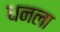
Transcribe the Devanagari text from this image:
धनला